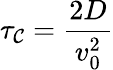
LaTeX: \tau_{\mathcal{C}}={\frac{{2D}}{{v_{0}^{2}}}}